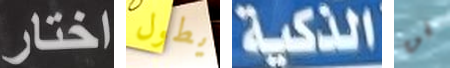
اختار يطول الذكية فن